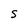
Character: S